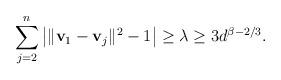
LaTeX: \begin{align*}\sum_{j=2}^n\left| \|\mathbf v_1-\mathbf v_j\|^2-1\right|\geq \lambda\geq 3d^{\beta-2/3}.\end{align*}